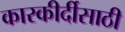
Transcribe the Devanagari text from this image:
कारकीर्दीसाठी